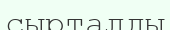
сырталды